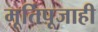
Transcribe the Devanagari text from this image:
मूर्तिपूजाही